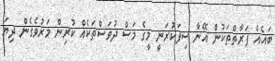
ބައެއް ފަރާތްތަކުން އޭނާ ސިފަކުރަނީ މީގެ މަސް ދުވަސްތަކެއް ކުރިން މަރުވެގެން ދިޔަ